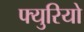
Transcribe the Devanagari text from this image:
फ्युरियो